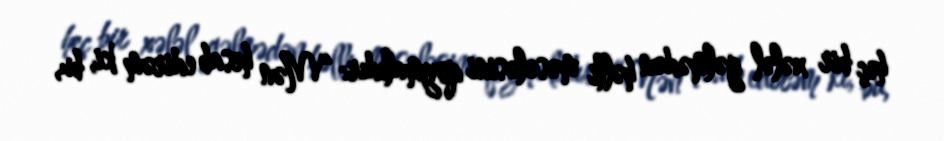
heç bir xələl gəlmədən həlli məsələsini qoymalıdır: “Mən hesab edirəm ki, bu,